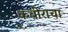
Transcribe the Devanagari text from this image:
कबीराचा